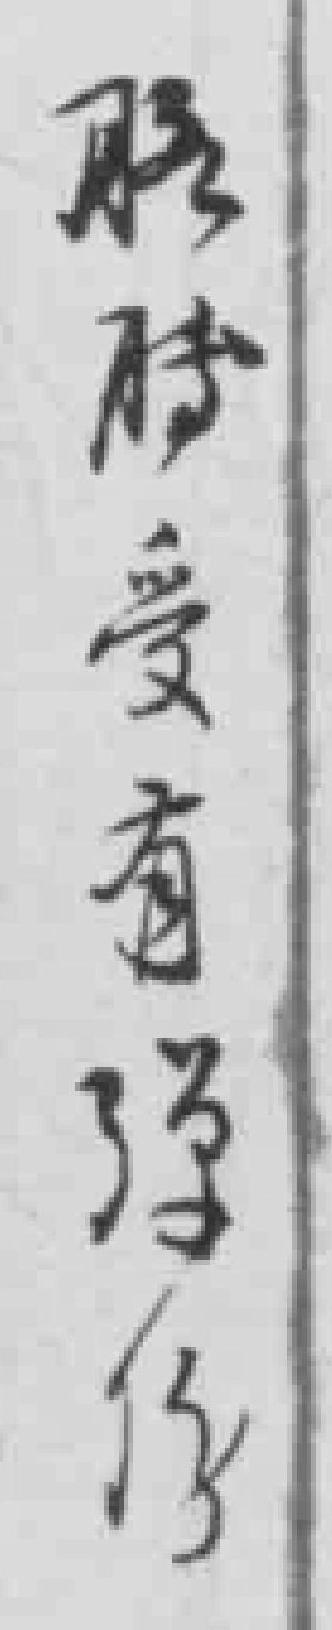
腰*受有弹傷